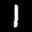
Digit: 1